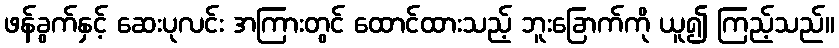
ဖန်ခွက်နှင့် ဆေးပုလင်း အကြားတွင် ထောင်ထားသည့် ဘူးခြောက်ကို ယူ၍ ကြည့်သည်။